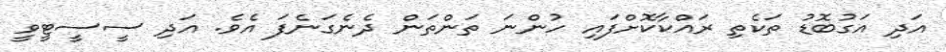
އަދި އަގުބޮޑު ތަކެތި ރައްކާކޮށްފައި ހުންނަ ތަންތަން ދެނެގަނެފަ އެވެ. އަދި ސީސީޓީވީ